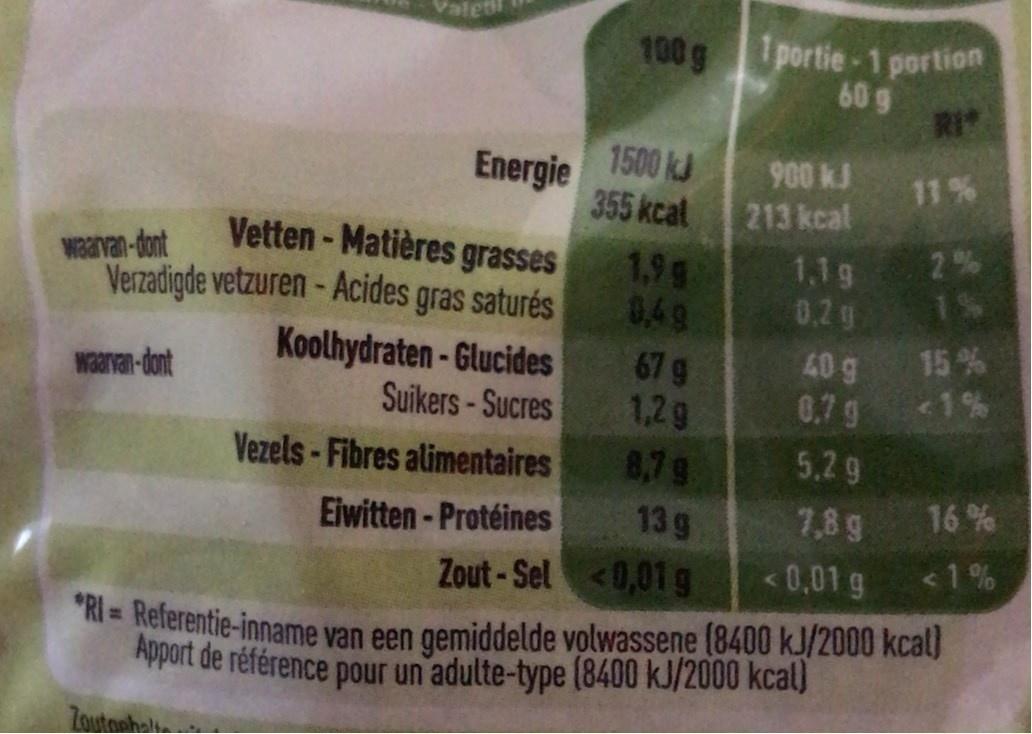
Vale
100 g
1 portie-1 portion 60 g RI
1500 kJ 355 kcal
Energie
900 kJ 213 kcal
11%
waanvan-dont Verzadigde vetzuren-Acides gras saturés
Vetten - Matières grasses
1,9g 0,49
1,1g 0.2 g
2%
Koolhydraten - Glucides Suikers-Sucres Vezels-Fibres alimentaires
15%
40 g 0.7 g
67 g
waarvan-dont
1%
1,2g
8,7g
5,2g
Eiwitten - Protéines
13 g
7,8 g
16%
Zout-Sel<0,01g
<0,01 g
<1%
= Referentie-inname van een gemiddelde volwassene (8400 k.J/2000 kcal) Apport de référence pour un adulte-type (8400 kJ/2000 kcal)
%3D
Zoutoohalk